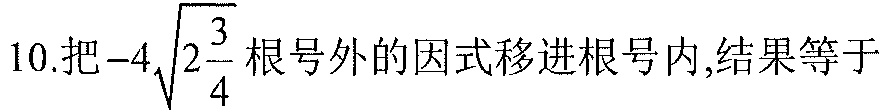
10.把\(-4\sqrt{2\frac{3}{4}}\)根号外的因式移进根号内,结果等于